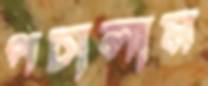
পচালাম